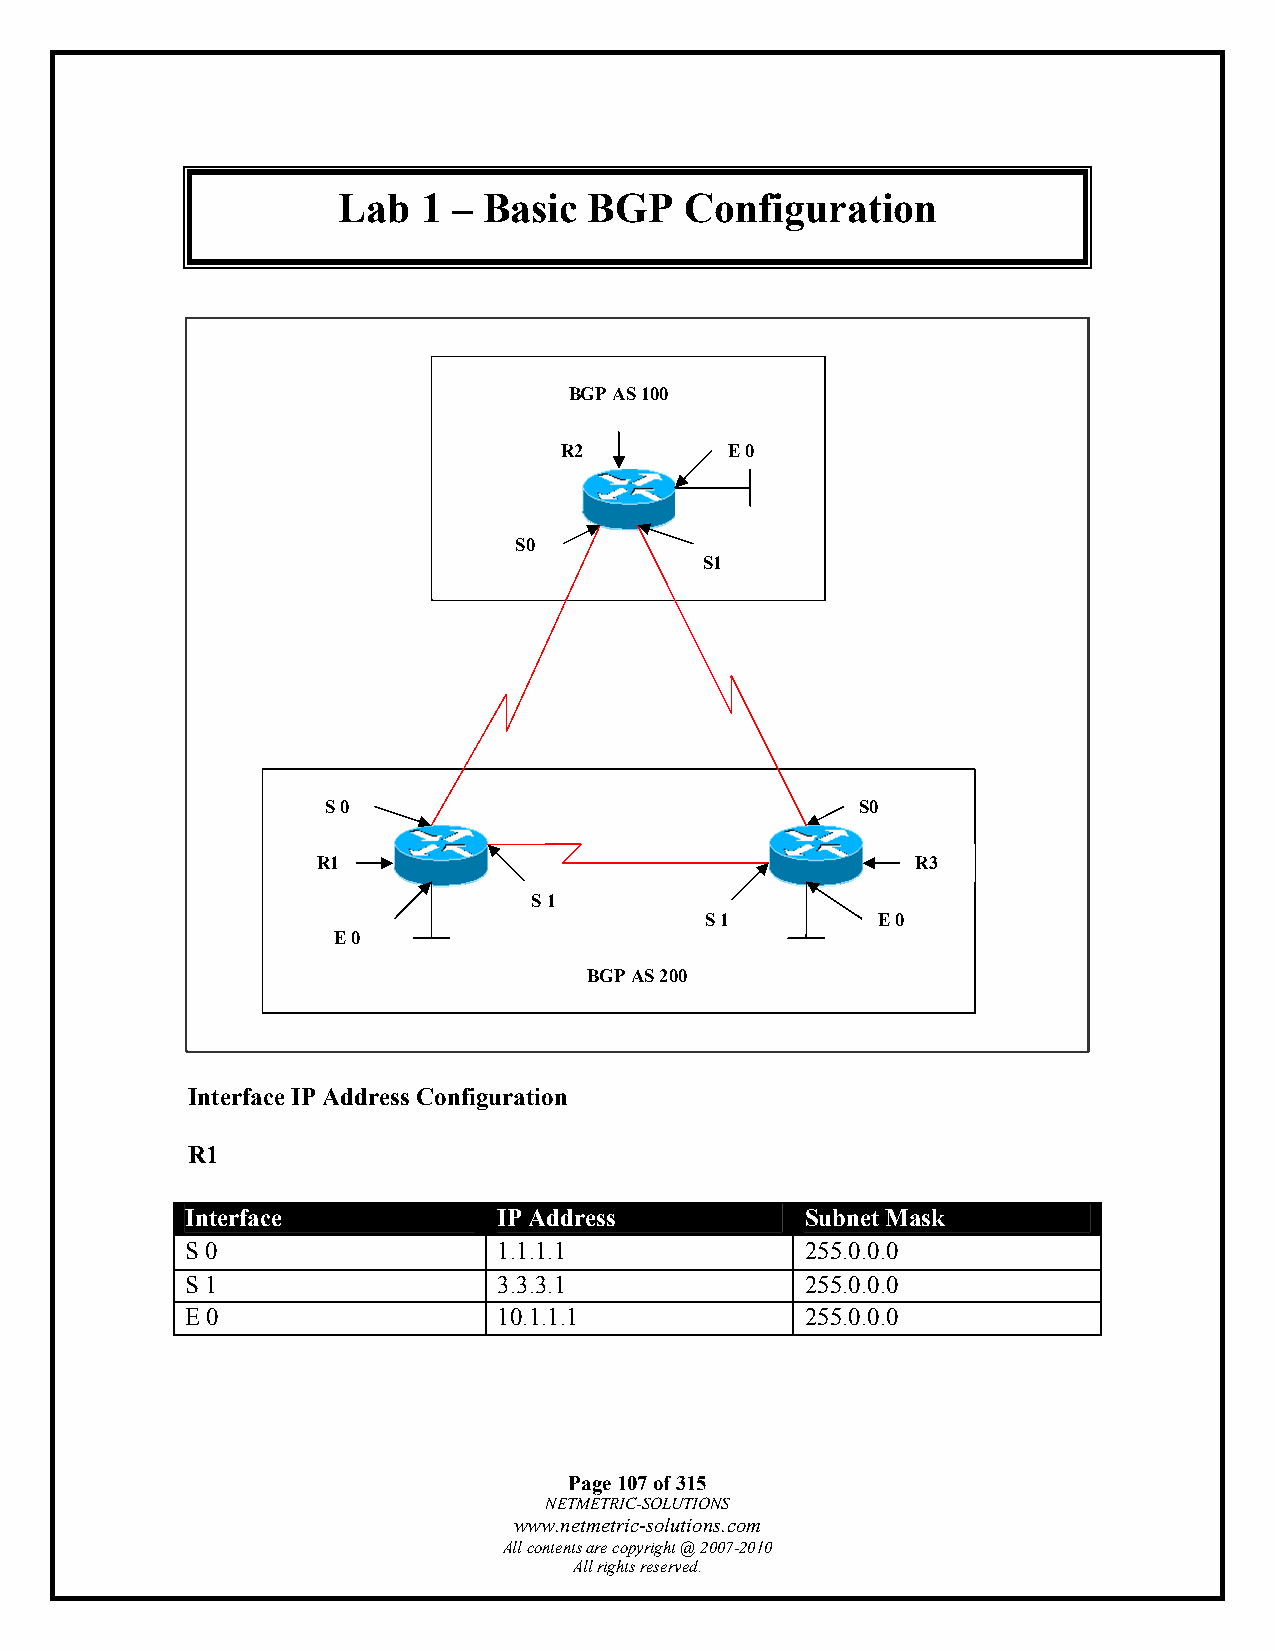
Lab   1 – Basic  BGP   Configuration
 BGP AS 100
 R2         E 0
 S0
 S1
 S 0                                S0
 R1                                      R3
 S 1
 S 1        E 0
 E 0
 BGP AS 200
 Interface IP Address Configuration
 R1
 Interface            IP Address          Subnet Mask
 S 0                  1.1.1.1             255.0.0.0
 S 1                  3.3.3.1             255.0.0.0
 E 0                  10.1.1.1            255.0.0.0
 Page 107 of 315
 NETMETRIC-SOLUTIONS
 www.netmetric-solutions.com
 All contents are copyright @ 2007-2010
 All rights reserved.